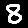
Digit: 8